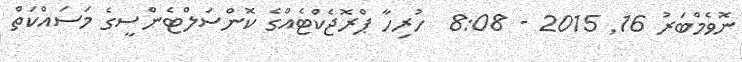
ނޮވެމްބަރު 16